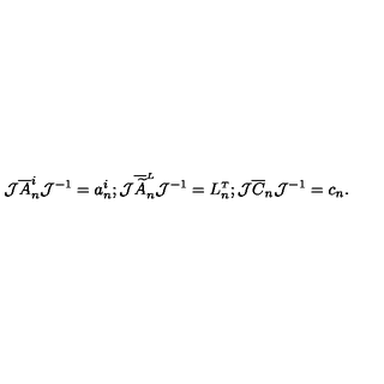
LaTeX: { \cal J } \overline { { A } } _ { n } ^ { i } { \cal J } ^ { - 1 } = a _ { n } ^ { i } ; { \cal J } \overline { { \widetilde A } } _ { n } ^ { \scriptscriptstyle L } { \cal J } ^ { - 1 } = L _ { n } ^ { \scriptscriptstyle T } ; { \cal J } \overline { { C } } _ { n } { \cal J } ^ { - 1 } = c _ { n } .